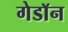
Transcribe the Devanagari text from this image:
गेडाॅन